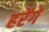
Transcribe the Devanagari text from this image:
हरेंगे